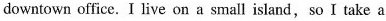
downtown office.I live on a small island,so I take a